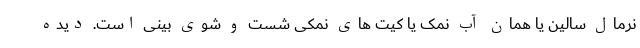
نرمال سالین یا همان آب نمک یا کیت های نمکی شست و شوی بینی است. دیده